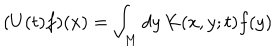
( U ( t ) f ) ( x ) = \int _ { M } d y \, K ( x , y ; t ) f ( y )